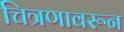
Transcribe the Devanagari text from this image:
चित्रणावरून